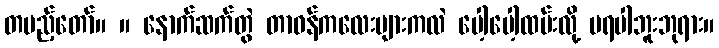
တပည့်တော်။ ။ နောက်ဆက်တွဲ တာဝန်ကလေးများကလဲ ပေါ့ပေါ့ထမ်းလို့ မရပါဘူးဘုရား။